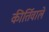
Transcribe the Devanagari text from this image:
कीर्तिवाले